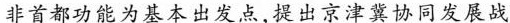
非首都功能为基本出发点，提出京津冀协同发展战